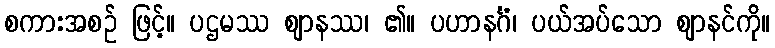
စကားအစဉ် ဖြင့်။ ပဌမဿ ဈာနဿ၊ ၏။ ပဟာနင်္ဂံ၊ ပယ်အပ်သော ဈာနင်ကို။